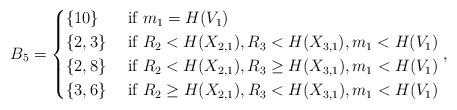
LaTeX: \begin{align*}B_5=\begin{cases}\{10\} &\mbox{ if } m_1=H(V_1)\\\{2,3\} &\mbox{ if } R_2<H(X_{2,1}), R_3<H(X_{3,1}), m_1<H(V_1)\\\{2,8\} &\mbox{ if } R_2<H(X_{2,1}), R_3\geq H(X_{3,1}), m_1<H(V_1) \\\{3,6\} &\mbox{ if } R_2\geq H(X_{2,1}), R_3<H(X_{3,1}), m_1<H(V_1)\\\end{cases},\end{align*}